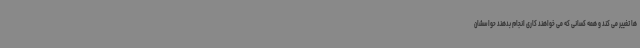
ها تغییر می کند و همه کسانی که می خواهند کاری انجام بدهند حواسشان